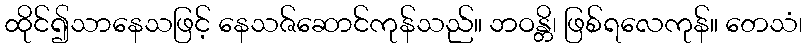
ထိုင်၍သာနေသဖြင့် နေသဇ်ဆောင်ကုန်သည်။ ဘဝန္တိ၊ ဖြစ်ရလေကုန်။ တေသံ၊